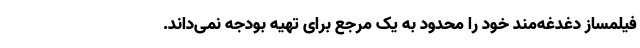
فیلمساز دغدغه‌مند خود را محدود به یک مرجع برای تهیه بودجه نمی‌داند.